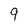
Character: 9